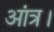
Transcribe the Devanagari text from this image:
आंत्र।